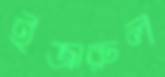
ইজারুল